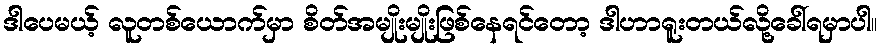
ဒါပေမယ့် လူတစ်ယောက်မှာ စိတ်အမျိုးမျိုးဖြစ်နေရင်တော့ ဒါဟာရူးတယ်လို့ခေါ်ရမှာပါ။